Indian journal of veterinary science and animal husbandry - Volumes 15-17, 1948-1951
Year: 1948
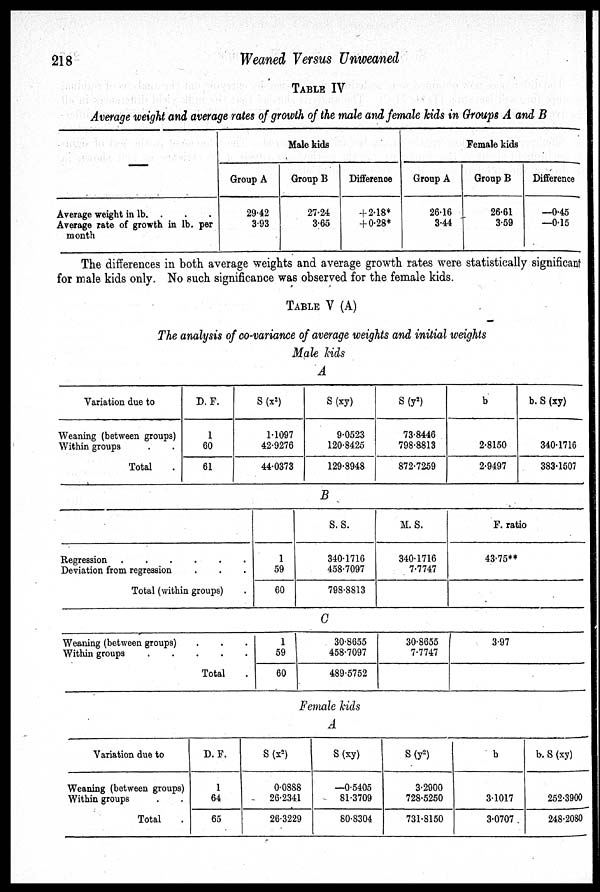
218
Weaned Versus Unweaned
TABLE IV
Average weight and average rates of growth of the male and female kids in Groups A and B
—
Average weight in lb. . . .
Average rate of growth in lb. per
month
Male kids
Group A
29.42
3.93
Group B
27.24
3.65
Difference
+ 2.18*
+ 0.28*
Female kids
Group A
26.16
3.44
Group B
26.61
3.59
Difference
—0.45
—0.15
The differences in both average weights and average growth rates were statistically significant
for male kids only. No such significance was observed for the female kids.
TABLE V (A)
The analysis of co-variance of average weights and initial weights
Male kids
A
Variation due to
Weaning (between groups)
Within groups . .
Total .
D. F.
1
60
61
S (x 2 )
1.1097
42.9276
44.0373
S (xy)
9.0523
120.8425
129.8948
S (y 2 )
73.8446
798.8813
872.7259
b
2.8150
2.9497
b. S (xy)
340.1716
383.1507
B
Regression .
.
.
.
.
.
Deviation from regression . . .
Total (within groups) .
1
59
60
S. S.
340.1716
458.7097
798.8813
M. S.
340.1716
7.7747
F. ratio
43.75**
C
Weaning (between groups) . . .
Within groups . . . . .
Total .
1
59
60
30.8655
458.7097
489.5752
30.8655
7.7747
3.97
Female kids
A
Variation due to
Weaning (between groups)
Within groups . .
Total .
D. F.
1
64
65
S (x 2 )
0.0888
26.2341
26.3229
S (xy)
—0.5405
81.3709
80.8304
S (y 2 )
3.2900
728.5250
731.8150
b
3.1017
3.0707
b. S (xy)
252.3900
248.2080